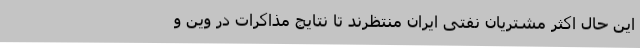
این حال اکثر مشتریان نفتی ایران منتظرند تا نتایج مذاکرات در وین و